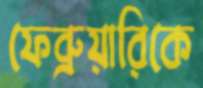
ফেব্রুয়ারিকে